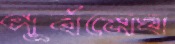
পূর্বমেঘ